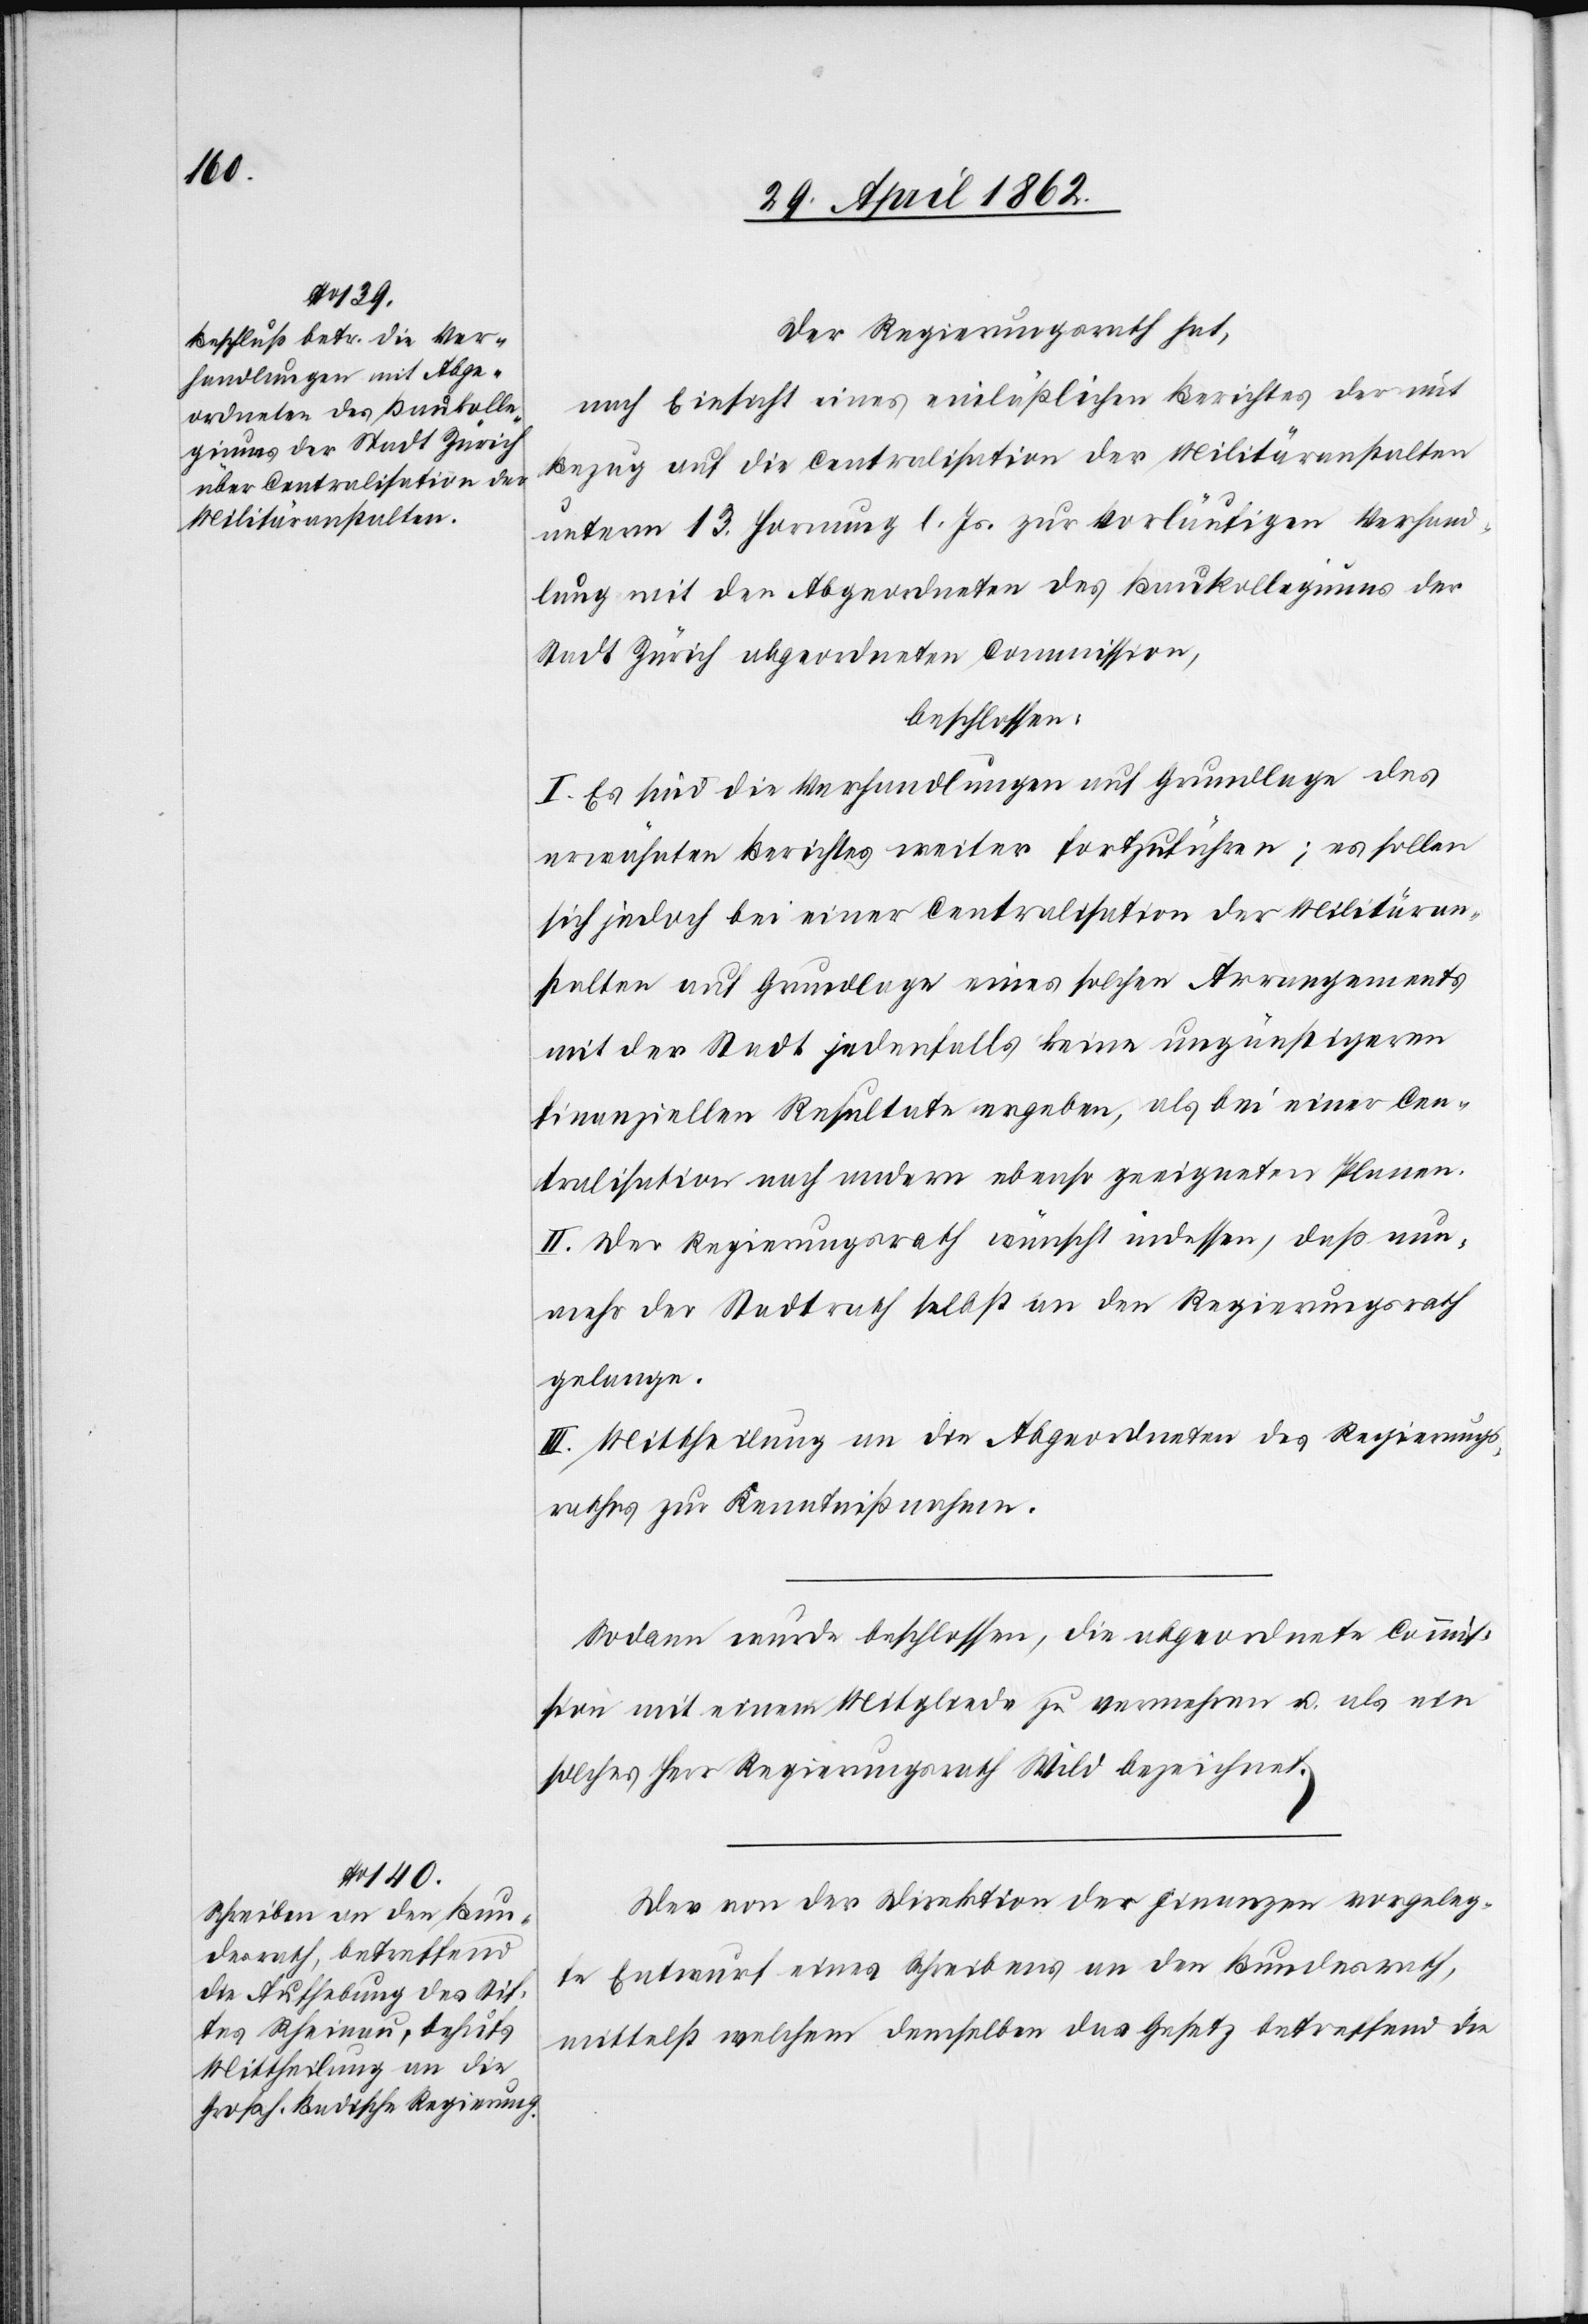
Der Regierungsrath hat,
nach Einsicht eines einläßlichen Berichtes der mit
Bezug auf die Centralisation der Militäranstalten
unterm 13. Hornung l. Js. zur vorläufigen Verhand¬
lung mit den Abgeordneten des Baukollegiums der
Stadt Zürich abgeordneten Commission,
beschlossen:
I. Es sind die Verhandlungen auf Grundlage des
erwähnten Berichtes weiter fortzuführen; es sollen
sich jedoch bei einer Centralisation der Militäran¬
stalten auf Grundlage eines solchen Arrangements
mit der Stadt jedenfalls keine ungünstigeren
finanziellen Resultate ergeben, als bei einer Cen¬
tralisation nach andern ebenso geeigneten Planen.
II. Der Regierungsrath wünscht indessen, daß nun¬
mehr der Stadtrath selbst an den Regierungsrath
gelange.
III. Mittheilung an die Abgeordneten des Regierungs¬
rathes zur Kenntnißnahme.
Sodann wurde beschlossen, die abgeordnete Commis¬
sion mit einem Mitgliede zu vermehren u. als ein
solches Herr Regierungsrath Wild bezeichnet.
Der von der Direktion der Finanzen vorgeleg¬
te Entwurf eines Schreibens an den Bundesrath,
mittelst welchem demselben das Gesetz betreffend die